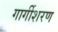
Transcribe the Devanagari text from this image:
गार्गीशरण